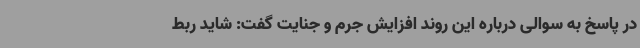
در پاسخ به سوالی درباره این روند افزایش جرم و جنایت گفت: شاید ربط